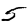
Digit: 5